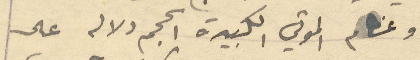
وعظام الموتي الكبيرة الحجم دلاله على